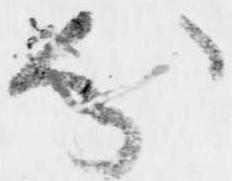
分